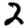
Digit: 2